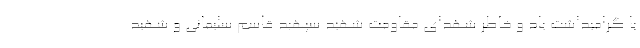
با گرامیداشت یاد و خاطر شهدای مقاومت شهید سپهبد قاسم سلیمانی و شهید